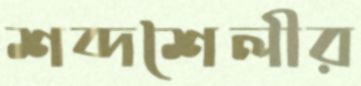
শব্দশৈলীর